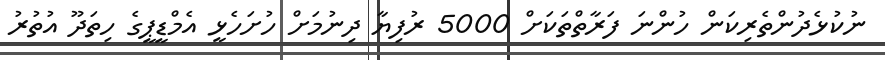
ނުކުޅެދުންތެރިކަން ހުންނަ ފަރާތްތަކަށް 5000 ރުފިޔާ ދިނުމަށް ހުށަހެޅީ އެމްޑީޕީގެ ހިތަދޫ އުތުރު